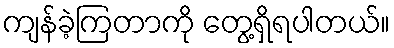
ကျန်ခဲ့ကြတာကို တွေ့ရှိရပါတယ်။